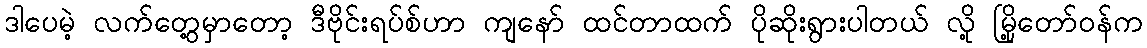
ဒါပေမဲ့ လက်တွေ့မှာတော့ ဒီဗိုင်းရပ်စ်ဟာ ကျနော် ထင်တာထက် ပိုဆိုးရွားပါတယ် လို့ မြို့တော်ဝန်က